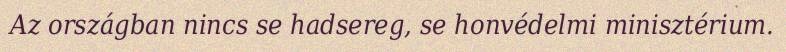
Az országban nincs se hadsereg, se honvédelmi minisztérium.